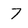
Character: 7